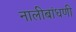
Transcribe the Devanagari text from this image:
नालीबांधणी